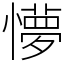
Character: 懜